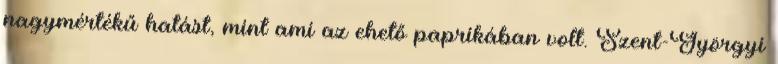
nagymértékű hatást, mint ami az ehető paprikában volt. Szent-Györgyi